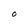
Character: O